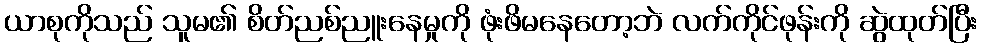
ယာစုကိုသည် သူမ၏ စိတ်ညစ်ညူးနေမှုကို ဖုံးဖိမနေတော့ဘဲ လက်ကိုင်ဖုန်းကို ဆွဲထုတ်ပြီး